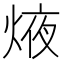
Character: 焲